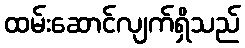
ထမ်းဆောင်လျက်ရှိသည်